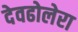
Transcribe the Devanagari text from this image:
देवढोलेरा